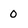
Character: 0